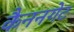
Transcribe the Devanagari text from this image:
कैननगेट